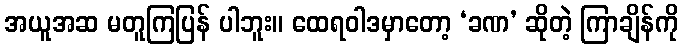
အယူအဆ မတူကြပြန် ပါဘူး။ ထေရဝါဒမှာတော့ ‘ခဏ’ ဆိုတဲ့ ကြာချိန်ကို